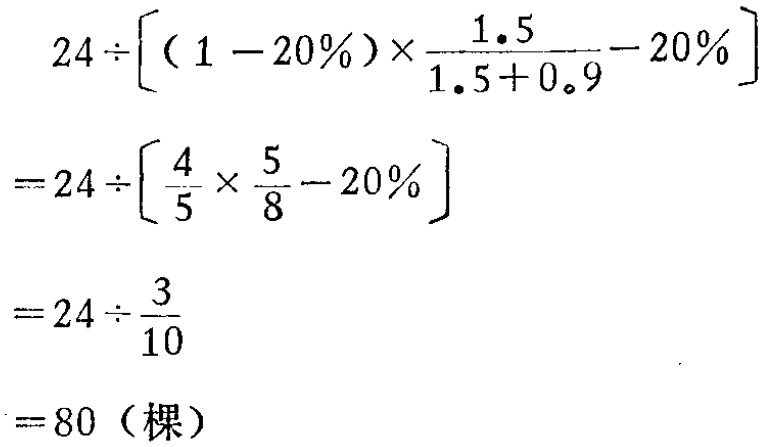
\[
\begin{align*}
&24\div\left[(1 - 20\%)\times\frac{1.5}{1.5 + 0.9}-20\%\right]\\
=&24\div\left[\frac{4}{5}\times\frac{5}{8}-20\%\right]\\
=&24\div\frac{3}{10}\\
=&80（\text{棵}）
\end{align*}
\]